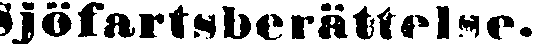
Sjöfartsberättelse.